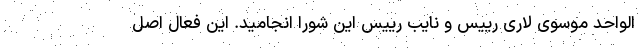
الواحد موسوی لاری رییس و نایب رییس این شورا انجامید. این فعال اصل